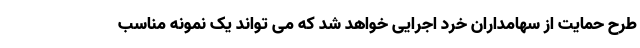
طرح حمایت از سهامداران خرد اجرایی خواهد شد که می تواند یک نمونه مناسب